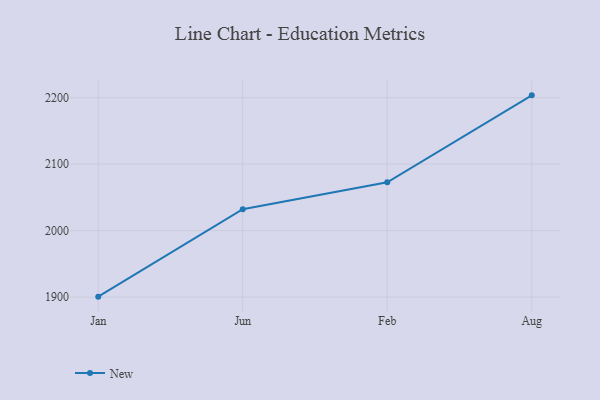
{"axis": {"x": "Month", "y": "Active Users"}, "legend": ["New"], "data": [{"x": "Jan", "y": 1900.7, "type": "New"}, {"x": "Jun", "y": 2032.3, "type": "New"}, {"x": "Feb", "y": 2072.8, "type": "New"}, {"x": "Aug", "y": 2203.5, "type": "New"}]}